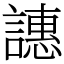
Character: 譓